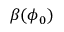
\beta ( \phi _ { 0 } )